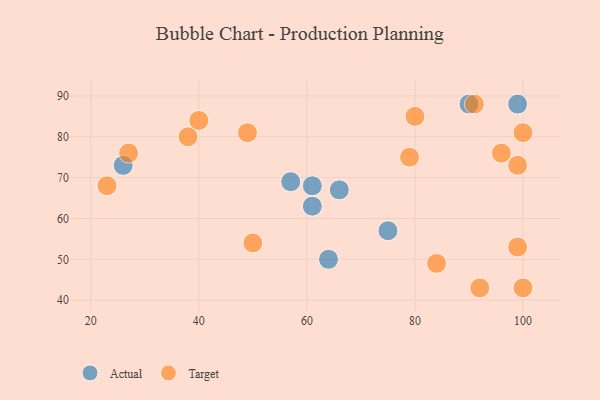
{"axis": {"x": "GDP", "y": "Life Expectancy"}, "legend": ["Actual", "Target"], "data": [{"x": "75", "y": 57, "type": "Actual"}, {"x": "26", "y": 73, "type": "Actual"}, {"x": "61", "y": 68, "type": "Actual"}, {"x": "61", "y": 63, "type": "Actual"}, {"x": "57", "y": 69, "type": "Actual"}, {"x": "64", "y": 50, "type": "Actual"}, {"x": "99", "y": 88, "type": "Actual"}, {"x": "90", "y": 88, "type": "Actual"}, {"x": "66", "y": 67, "type": "Actual"}, {"x": "80", "y": 85, "type": "Target"}, {"x": "100", "y": 43, "type": "Target"}, {"x": "79", "y": 75, "type": "Target"}, {"x": "38", "y": 80, "type": "Target"}, {"x": "99", "y": 53, "type": "Target"}, {"x": "84", "y": 49, "type": "Target"}, {"x": "100", "y": 81, "type": "Target"}, {"x": "49", "y": 81, "type": "Target"}, {"x": "50", "y": 54, "type": "Target"}, {"x": "99", "y": 73, "type": "Target"}, {"x": "92", "y": 43, "type": "Target"}, {"x": "40", "y": 84, "type": "Target"}, {"x": "27", "y": 76, "type": "Target"}, {"x": "96", "y": 76, "type": "Target"}, {"x": "91", "y": 88, "type": "Target"}, {"x": "23", "y": 68, "type": "Target"}]}